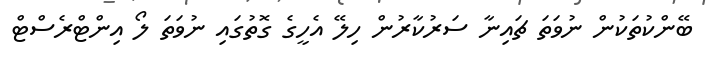
ބޭންކުތަކުން ނުވަތަ ޗައިނާ ސަރުކާރުން ހިލޭ އެހީގެ ގޮތުގައި ނުވަތަ ލޯ އިންޓްރެސްޓް